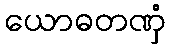
ယောဓတဏှံ